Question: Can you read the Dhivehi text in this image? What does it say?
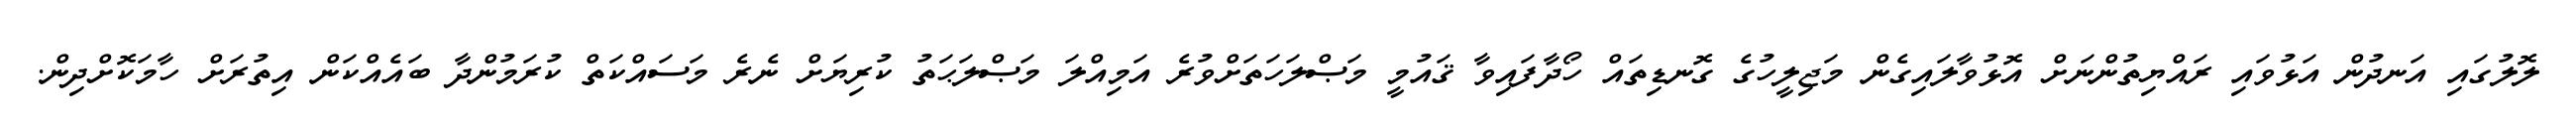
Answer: ލޮލުގައި އަނދުން އަޅުވައި ރައްޔިތުންނަށް އޮޅުވާލައިގެން މަޖިލީހުގެ ގޮނޑިތައް ހޯދާފައިވާ ޤައުމީ މަޞްލަހަތަށްވުރެ އަމިއްލަ މަޞްލަޙަތު ކުރިޔަށް ނެރެ މަސައްކަތް ކުރަމުންދާ ބައެއްކަން އިތުރަށް ހާމަކޮށްދިން.